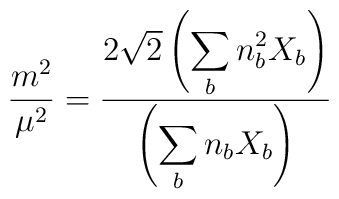
\frac{m^2}{\mu^2}=\frac{2\sqrt{2}\left(\displaystyle\sum_bn_b^2X_b	\right)}{\left(\displaystyle\sum_bn_bX_b\right)}